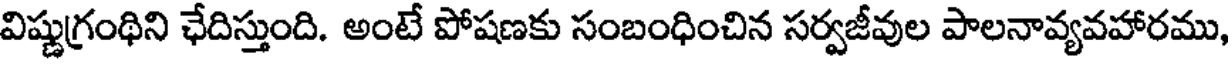
విష్ణుగ్రంథిని ఛేదిస్తుంది. అంటే పోషణకు సంబంధించిన సర్వజీవుల పాలనావ్యవహారము,